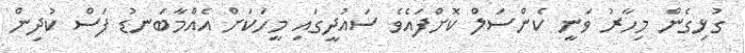
ގުޅިގެން މިހާރު ވަނީ ކެންސަލް ކޮށްފައެވެ ސައުދީގައި މީހަކަށް އެއްމާބަނޑު ފަސް ކުދިން